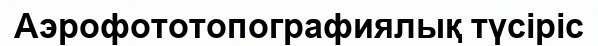
Аэрофототопографиялық түсіріс